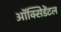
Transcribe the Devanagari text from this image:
ऑक्‍सिडेंटल